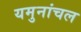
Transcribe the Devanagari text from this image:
यमुनांचल